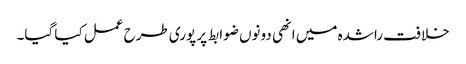
خلافت راشدہ میں انھی دونوں ضوابط پر پوری طرح عمل کیا گیا۔